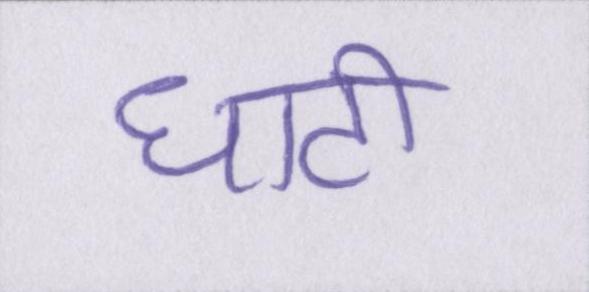
घाटी